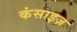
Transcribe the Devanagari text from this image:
कंसाइज़